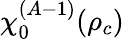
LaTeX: \chi_{0}^{(A-1)}(\rho_{c})